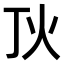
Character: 𤆉